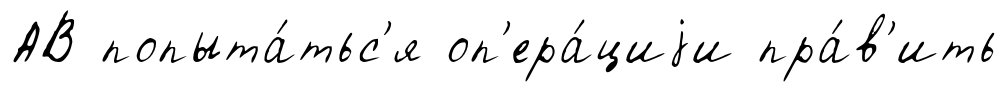
АВ попыта́тьс'я оп'ера́циjи пра́в'ить